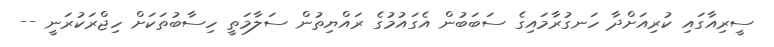
ސީރިއާގައި ކުރިއަށްދާ ހަނގުރާމައިގެ ސަބަބުން އެގައުމުގެ ރައްޔިތުން ސަލާމަތީ ހިސާބުތަކަށް ހިޖްރަކުރަނީ --